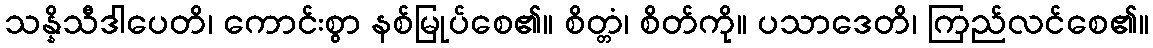
သန္နိသီဒါပေတိ၊ ကောင်းစွာ နစ်မြုပ်စေ၏။ စိတ္တံ၊ စိတ်ကို။ ပသာဒေတိ၊ ကြည်လင်စေ၏။